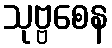
သုဗ္ဗစေန